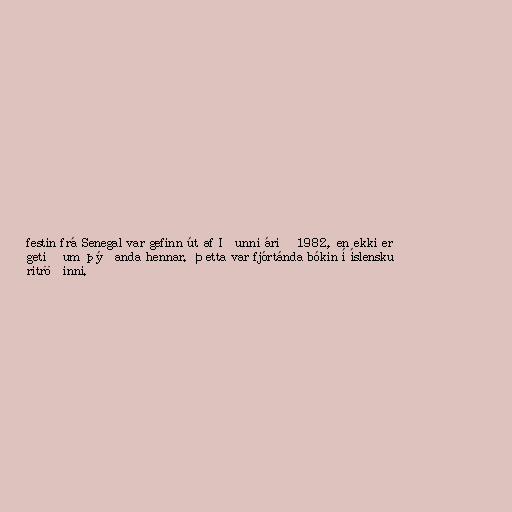
festin frá Senegal var gefinn út af Iðunni árið 1982, en ekki er
getið um þýðanda hennar. Þetta var fjórtánda bókin í íslensku
ritröðinni.